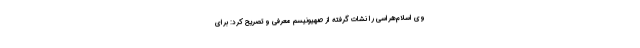
وی اسلام‌هراسی را نشات گرفته از صهیونیسم معرفی و تصریح کرد: برای